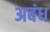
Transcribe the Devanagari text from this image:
अबंध